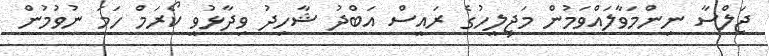
ޖަލްސާ ނިންމަވާލައްވަމުން މަޖިލީހުގެ ރައީސް އަބްދު ޝާހިދު ވިދާޅުވީ ކޯރަމް ހަމަ ނުވުމުން